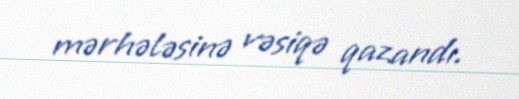
mərhələsinə vəsiqə qazandı.